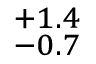
^ { + 1 . 4 } _ { - 0 . 7 }